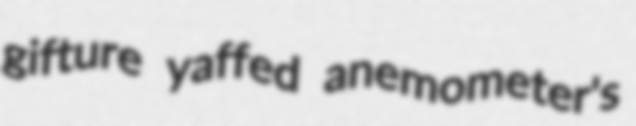
gifture yaffed anemometer's